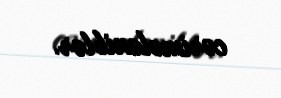
cərimələniblər.